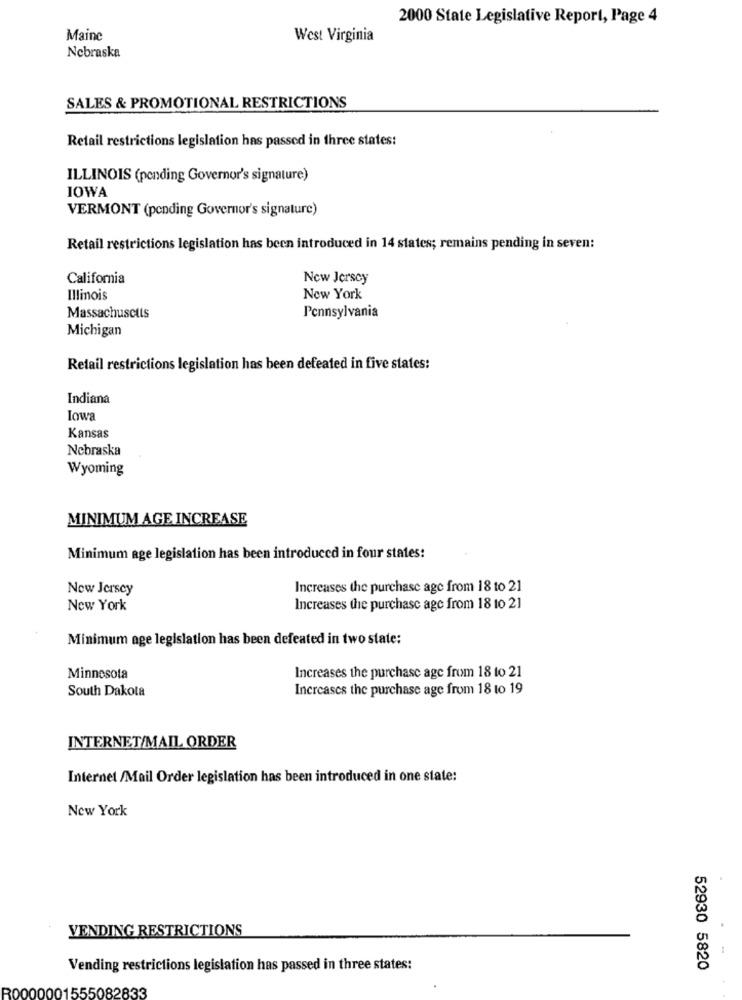
2000 State Legislative Report, Page 4
Maine
West Virginia
Nebraska
SALES & PROMOTIONAL RESTRICTIONS
Retail restrictions legislation has passed in three states:
ILLINOIS (pending Governor's signature)
IOWA
VERMONT (pending Governor's signature)
Retail restrictions legislation has been introduced in 14 states; remains pending in seven:
California
New Jersey
Illinois
New York
Massachusetts
Pennsylvania
Michigan
Retail restrictions legislation has been defeated in five states:
Indiana
Iowa
Kansas
Nebraska
Wyoming
MINIMUM AGE INCREASE
Minimum age legislation has been introduced in four states:
New Jersey
Increases the purchase age from 18 to 21
New York
Increases the purchase age from 18 10 21
Minimum age legislation has been defeated in two state:
Minnesota
Increases the purchase age from 18 to 21
South Dakota
Increases the purchase age from 18 to 19
INTERNET/MAIL ORDER
Internet /Mail Order legislation has been introduced in one state:
New York
VENDING RESTRICTIONS
Vending restrictions legislation has passed in three states:
52930 5820
000001555082833